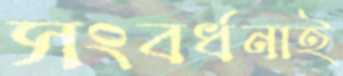
সংবর্ধনাই